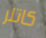
كاتلر